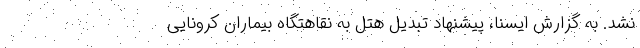
نشد. به گزارش ایسنا، پیشنهاد تبدیل هتل به نقاهتگاه بیماران کرونایی